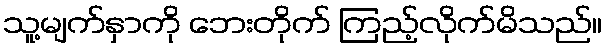
သူ့မျက်နှာကို ဘေးတိုက် ကြည့်လိုက်မိသည်။